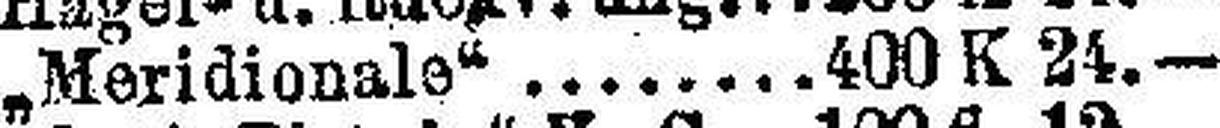
„Meridionale" 400 K 24.—